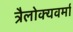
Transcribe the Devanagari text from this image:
त्रैलोक्यवर्मा